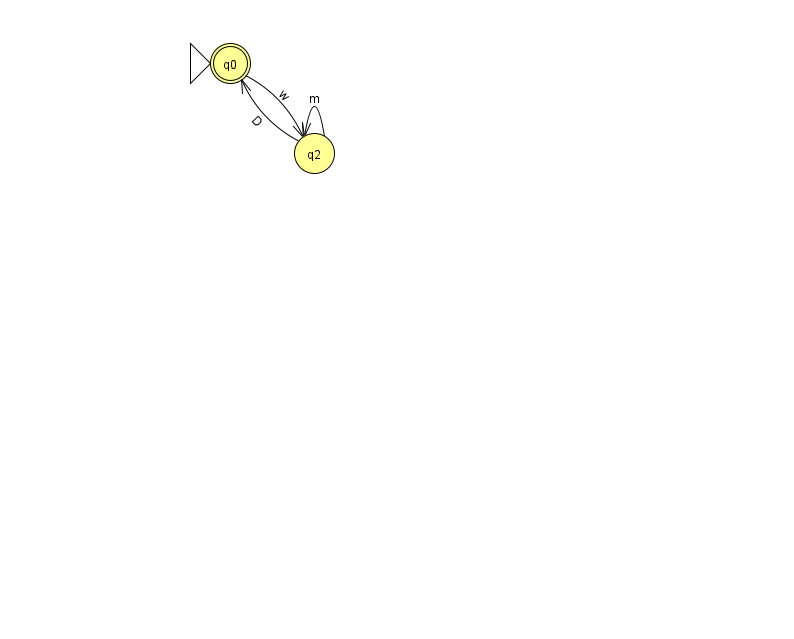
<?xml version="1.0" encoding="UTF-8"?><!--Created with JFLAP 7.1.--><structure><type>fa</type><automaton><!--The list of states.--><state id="0" name="q0"><x>230.0</x><y>50.0</y><initial/><final/></state><state id="2" name="q2"><x>314.0</x><y>140.0</y></state><!--The list of transitions.--><transition><from>0</from><to>2</to><read>w</read></transition><transition><from>2</from><to>0</to><read>D</read></transition><transition><from>2</from><to>2</to><read>m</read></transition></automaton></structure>